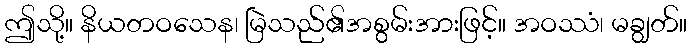
ဤသို့။ နိယတဝသေန၊ မြဲသည်၏အစွမ်းအားဖြင့်။ အဝဿံ၊ မချွတ်။